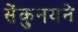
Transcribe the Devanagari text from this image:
सेंकुनयने